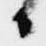
日